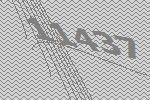
11437